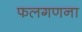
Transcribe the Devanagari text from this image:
फलगणना